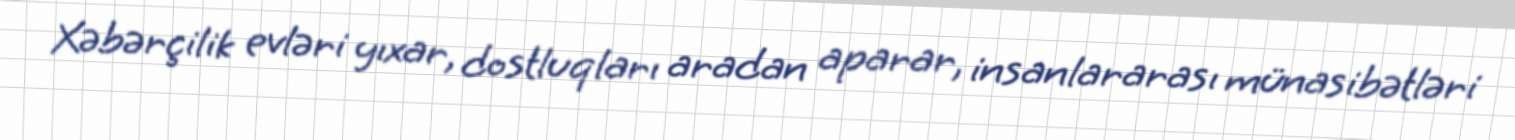
Xəbərçilik evləri yıxar, dostluqları aradan aparar, insanlararası münasibətləri